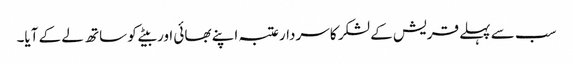
سب سے پہلے قریش کے لشکر کا سردارعتبہ اپنے بھائی اور بیٹے کو ساتھ لے کے آیا۔